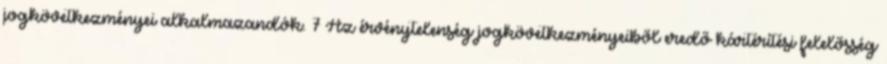
jogkövetkezményei alkalmazandók. 7 Az érvénytelenség jogkövetkezményeiből eredő kártérítési felelősség